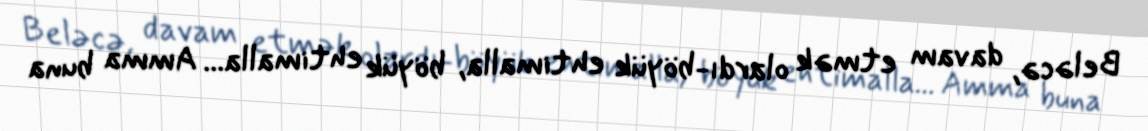
Beləcə, davam etmək olardı-böyük ehtimalla, böyük ehtimalla... Amma buna